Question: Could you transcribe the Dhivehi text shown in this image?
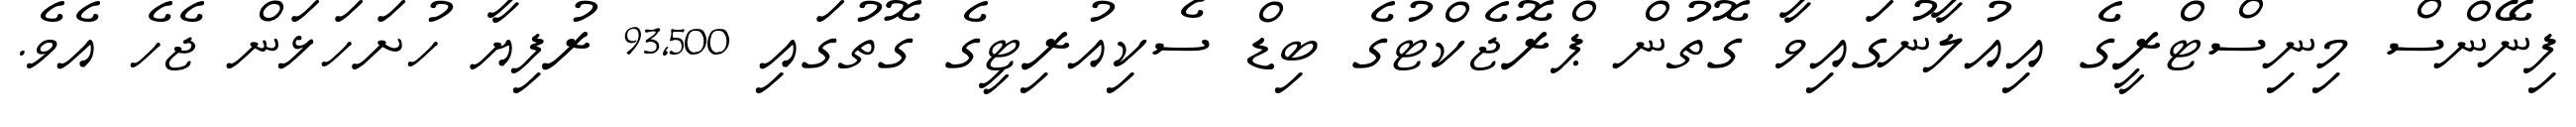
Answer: ފިނޭންސް މިނިސްޓްރީގެ އިއުލާނުގައިވާ ގޮތުން ޕްރޮޖެކްޓުގެ ބިޑް ސެކިއުރިޓީގެ ގޮތުގައި 93,500 ރުފިޔާ ހުށަހަޅަން ޖެހެ އެވެ.